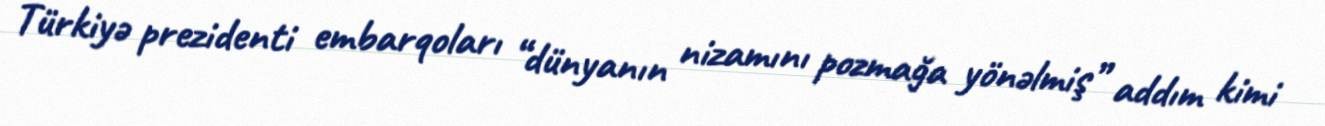
Türkiyə prezidenti embarqoları “dünyanın nizamını pozmağa yönəlmiş” addım kimi